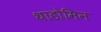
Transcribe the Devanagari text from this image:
थाडोमिन